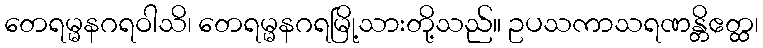
တေရမ္မနဂရဝါသိ၊ တေရမ္မနဂရမြို့သားတို့သည်။ ဥပသကာသရဏန္တိဧတ္ထ၊